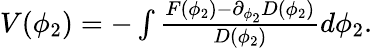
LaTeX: \begin{array}{r}{V(\phi_{2})=-\int\frac{F(\phi_{2})-\partial_{\phi_{2}}D(\phi_{2})}{D(\phi_{2})}d\phi_{2}.}\end{array}